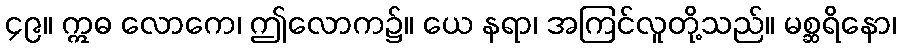
၄၉။ ဣဓ လောကေ၊ ဤလောက၌။ ယေ နရာ၊ အကြင်လူတို့သည်။ မစ္ဆရိနော၊